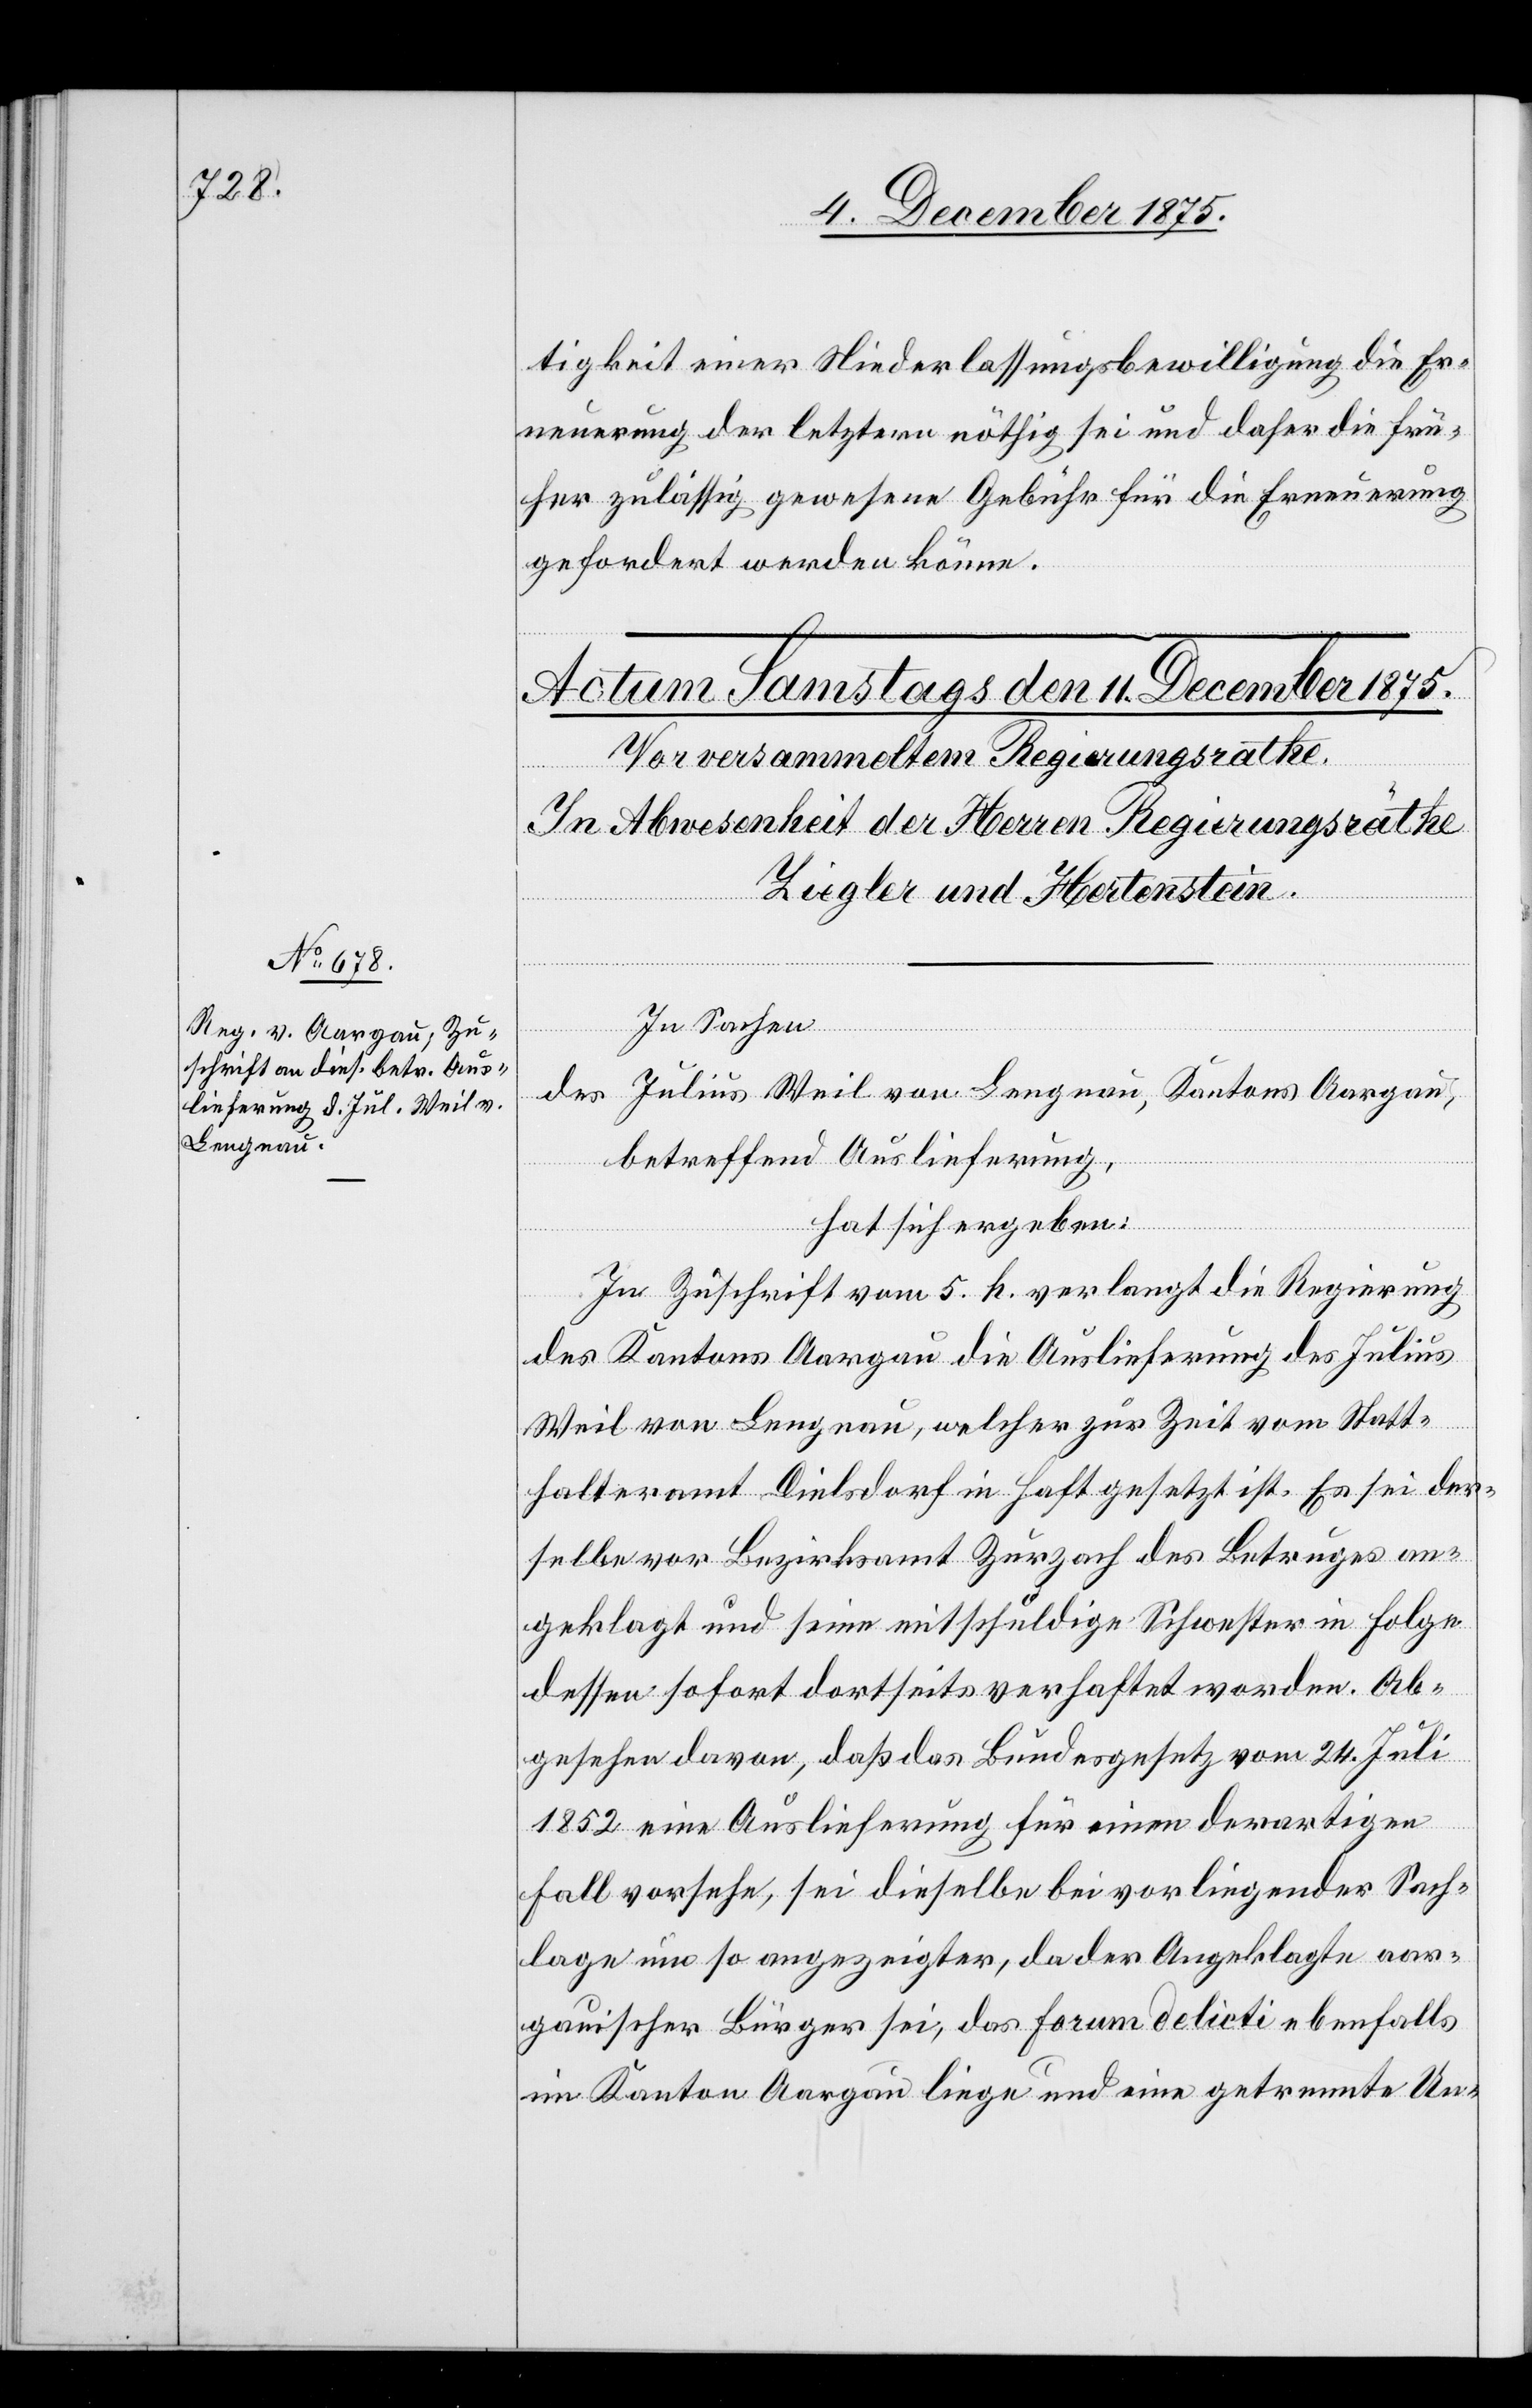
tigkeit einer Niederlassungsbewilligung die Er¬
neuerung der letztern nöthig sei und daher die frü¬
her zulässig gewesene Gebühr für die Erneuerung
gefordert werden könne.
In Sachen
des Julius Weil von Lengnau, Kantons Aargau,
betreffend Auslieferung,
hat sich ergeben:
In Zuschrift vom 5. h. verlangt die Regierung
d. Kantons Aargau die Auslieferung des Julius
Weil von Lengnau, welcher zur Zeit vom Statt¬
halteramt Dielsdorf in Haft gesetzt ist. Es sei der¬
selbe vor Bezirksamt Zurzach des Betruges an¬
geklagt und seine mitschuldige Schwester in Folge
dessen sofort dortseits verhaftet worden. Ab¬
gesehen davon, daß das Bundesgesetz vom 24. Juli
1852 eine Auslieferung für einen derartigen
Fall vorsehe, sei dieselbe bei vorliegender Sach¬
lage um so angezeigter, da der Angeklagte aar¬
gauischer Bürger sei, das Forum delicti ebenfalls
im Kanton Aargau liege und eine getrennte Un-